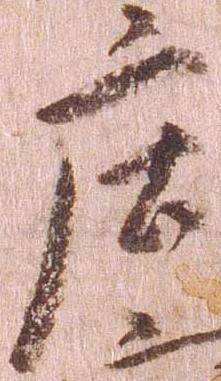
庄